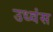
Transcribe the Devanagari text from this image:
उध्वंस